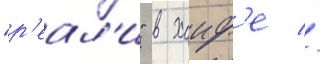
"р'еал'и" в хаиф'е //